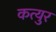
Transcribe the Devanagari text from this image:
कत्युर